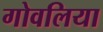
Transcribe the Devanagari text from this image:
गोवलिया